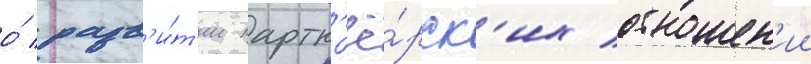
о́ разв'и́т'ии партн'ё́рск'их отношен'ии